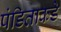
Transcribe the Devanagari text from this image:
पंडिताकडे